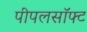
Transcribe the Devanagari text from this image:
पीपलसॉफ्ट